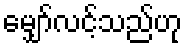
မျှော်လင့်သည်ဟု